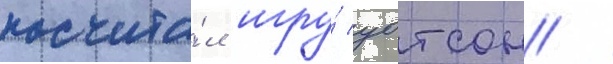
посчита́л игру́ уотсон /